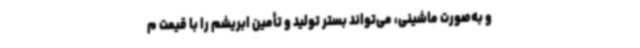
و به‌صورت ماشینی، می‌تواند بستر تولید و تأمین ابریشم را با قیمت م